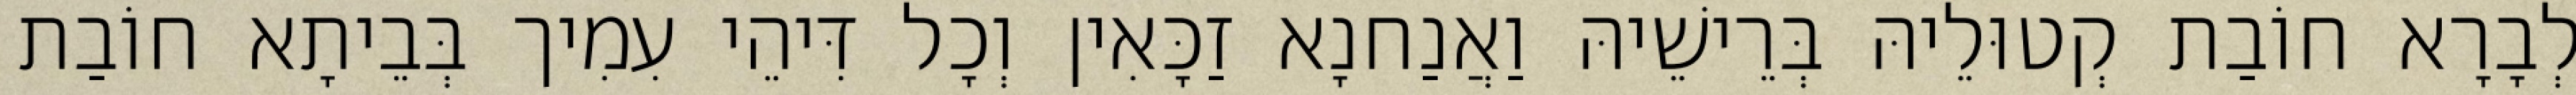
לְבָרָא חוֹבַת קְטוּלֵיהּ בְּרֵישֵׁיהּ וַאֲנַחנָא זַכָּאִין וְכָל דִּיהֵי עִמִיך בְּבֵיתָא חוֹבַת